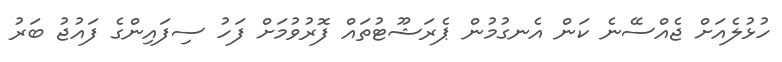
ހުޅުލެއަށް ޖެއްސޭނެ ކަން އެނގުމުން ޕެރަޝޫޓުތައް ފޮރުވުމަށް ފަހު ސިފައިންގެ ފައުޖު ބަރު